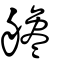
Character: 艬